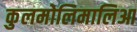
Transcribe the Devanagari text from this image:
कुलमोलिमालिआ